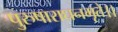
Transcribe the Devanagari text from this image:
पुरुषाराधनमृते।।